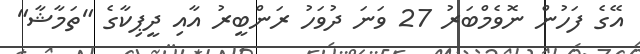
އޭގެ ފަހުން ނޮވެމްބަރު 27 ވަނަ ދުވަހު ރަންބީރު އާއި ދީޕިކާގެ "ތަމާޝާ"